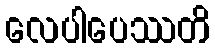
လေပါပေဿတိ